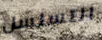
التسلسل